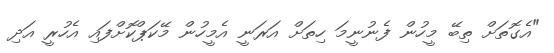
"އެގޮތަށް ތިބޭ މީހުން ފެނުނީމަ ހިތަށް އަރަނީ އެމީހުން މޭކަޕްކޮށްފައި އެހުރީ އަދި